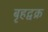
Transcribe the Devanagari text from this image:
बृहद्वक्र